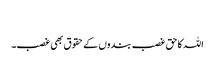
​
اللہ کا حق غصب بندوں کے حقوق بھی غصب۔